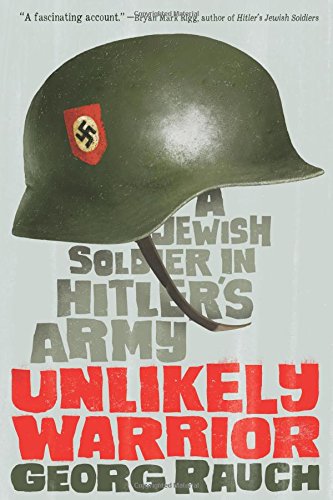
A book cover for Unlikely Warrior: A Jewish Soldier in Hitler's Army; Georg Rauch; Teen & Young Adult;